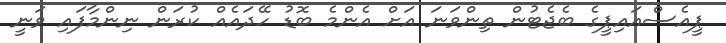
ޕީއެސްއައިޕީގެ ބެޖެޓުން ތިންވަނަ އަށް އެންމެ ބޮޑު ހޭދައެއް ކުރަން ނިންމާފައި ވަނީ